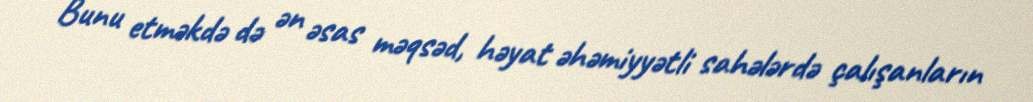
Bunu etməkdə də ən əsas məqsəd, həyat əhəmiyyətli sahələrdə çalışanların